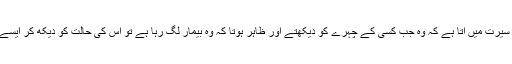
……بلکہ سیرت صحابہ رضی اللہ عنہم کی سیرت میں آتا ہے کہ وہ جب کسی کے چہرے کو دیکھتے اور ظاہر ہوتا کہ وہ بیمار لگ رہا ہے تو اس کی حالت کو دیکھ کر ایسے بات کرتے کہ جیسے اسے کچھ نہیں ہوا ہو۔